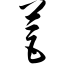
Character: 苣